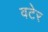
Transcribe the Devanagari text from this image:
वटेर